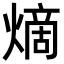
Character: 𪹧